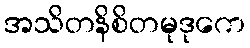
အသိတနိစိတမုဒုကေ